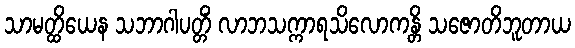
သာမတ္ထိယေန သဘာဂါပတ္တိံ လာဘသက္ကာရသိလောကန္တိ သဇောတိဘူတာယ